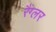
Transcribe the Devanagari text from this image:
रैंग्लर